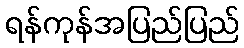
ရန်ကုန်အပြည်ပြည်